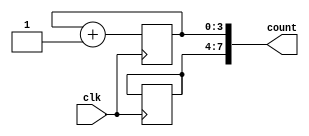
module cascaded_counter(
    input wire clk,
    output reg [7:0] count
);

reg [3:0] counter0, counter1, counter2, counter3;

always @(posedge clk) begin
    counter0 <= counter0 + 1;
    if (counter0 == 8'd255) begin
        counter1 <= counter1 + 1;
        counter0 <= 0;
        if (counter1 == 8'd255) begin
            counter2 <= counter2 + 1;
            counter1 <= 0;
            if (counter2 == 8'd255) begin
                counter3 <= counter3 + 1;
                counter2 <= 0;
            end
        end
    end
end

assign count = {counter3, counter2, counter1, counter0};

endmodule